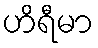
ဟိရီမာ